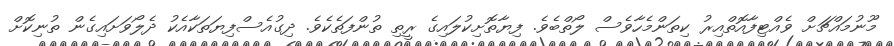
މޫނުމައްޗަށް ވެއްޓިފާާއޮތްއިރު ކިތަންމެހާާވެސް ލޯތްބެވެ. ފިޔާތޮށިކުލައިގެ ރީތި ތުންފަތެކެވެ. ދިގުއެސްފިޔަތަކާާއެކު ދެލޯވަށައިގެން ތުނިކޮށް